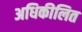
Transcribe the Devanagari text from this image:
अधिकीलित